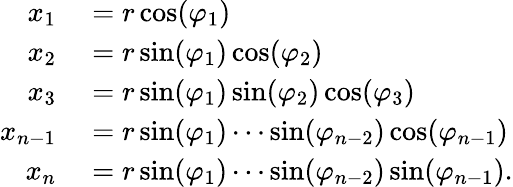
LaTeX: \begin{array}{rl}{x_{1}}&{{}=r\cos(\varphi_{1})}\\ {x_{2}}&{{}=r\sin(\varphi_{1})\cos(\varphi_{2})}\\ {x_{3}}&{{}=r\sin(\varphi_{1})\sin(\varphi_{2})\cos(\varphi_{3})}\\ {x_{n-1}}&{{}=r\sin(\varphi_{1})\cdots\sin(\varphi_{n-2})\cos(\varphi_{n-1})}\\ {x_{n}}&{{}=r\sin(\varphi_{1})\cdots\sin(\varphi_{n-2})\sin(\varphi_{n-1}).}\end{array}